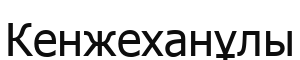
Кенжеханұлы